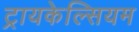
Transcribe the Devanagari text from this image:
ट्रायकेल्सियम